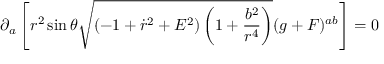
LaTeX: \partial _ { a } \left[ r ^ { 2 } \sin \theta \sqrt { ( - 1 + \dot { r } ^ { 2 } + E ^ { 2 } ) \left( 1 + \frac { b ^ { 2 } } { r ^ { 4 } } \right) } ( g + F ) ^ { a b } \right] = 0